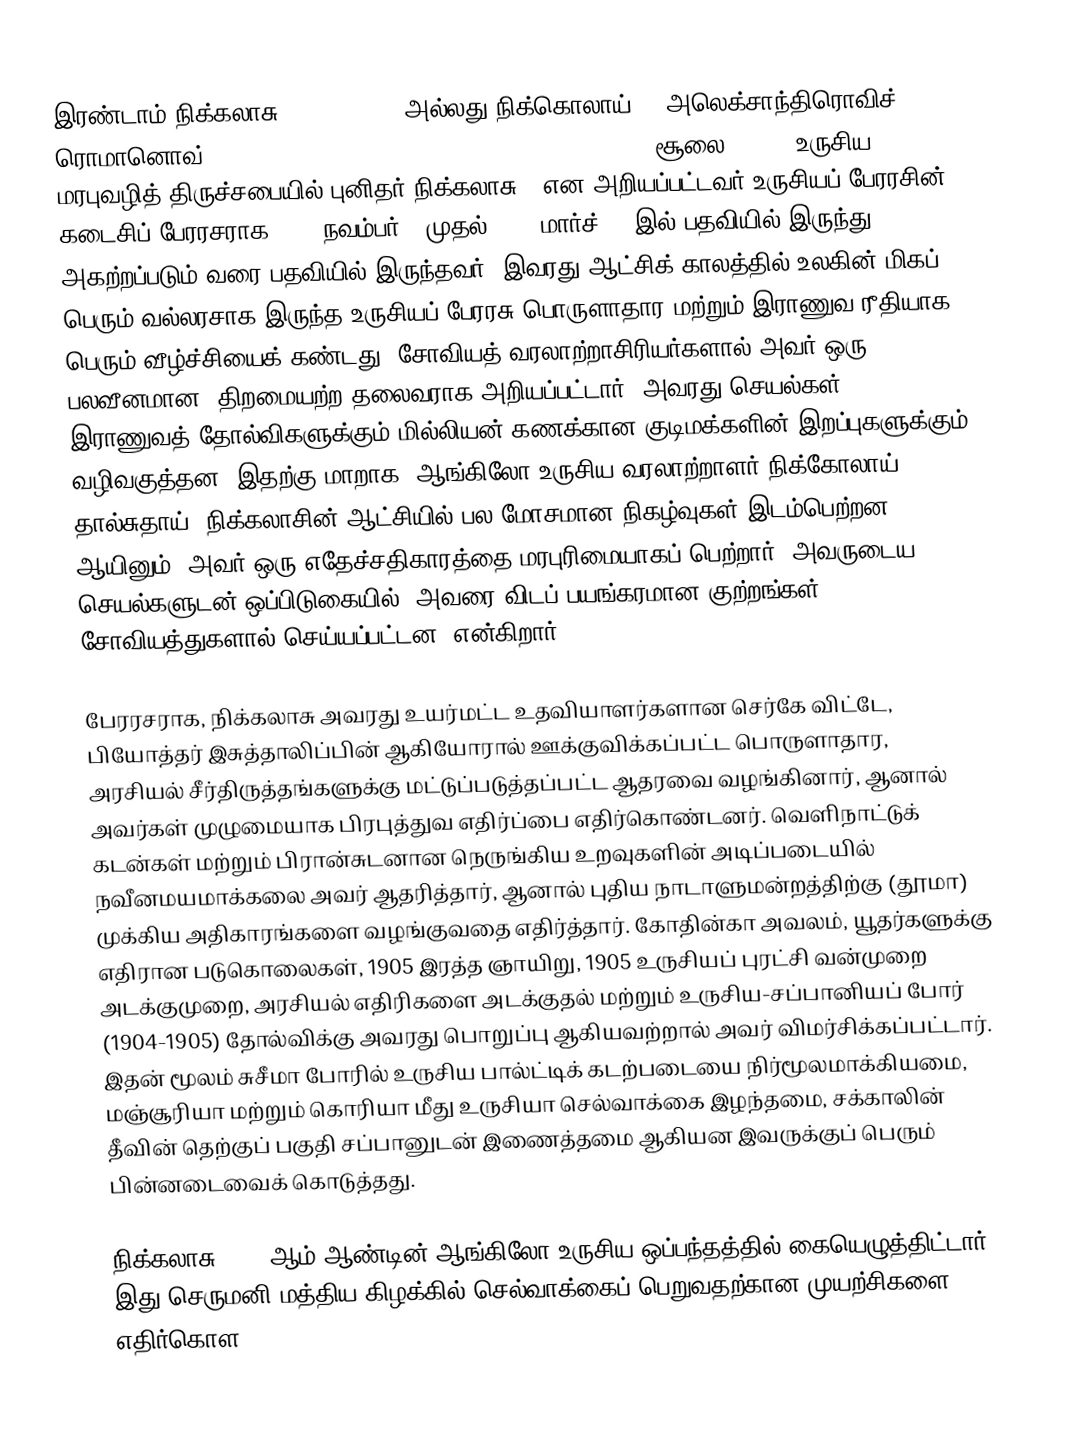
இரண்டாம் நிக்கலாசு (Nicholas II அல்லது நிக்கொலாய் II அலெக்சாந்திரொவிச் ரொமானொவ் (Nikolai II Alexandrovich Romanov, ; ( 1868 – 17 சூலை 1918), உருசிய மரபுவழித் திருச்சபையில் புனிதர் நிக்கலாசு ) என அறியப்பட்டவர் உருசியப் பேரரசின் கடைசிப் பேரரசராக 1894 நவம்பர் 1 முதல் 1917 மார்ச் 15 இல் பதவியில் இருந்து அகற்றப்படும் வரை பதவியில் இருந்தவர். இவரது ஆட்சிக் காலத்தில் உலகின் மிகப் பெரும் வல்லரசாக இருந்த உருசியப் பேரரசு பொருளாதார மற்றும் இராணுவ ரீதியாக பெரும் வீழ்ச்சியைக் கண்டது. சோவியத் வரலாற்றாசிரியர்களால் அவர் ஒரு பலவீனமான, திறமையற்ற தலைவராக அறியப்பட்டார். அவரது செயல்கள் இராணுவத் தோல்விகளுக்கும் மில்லியன் கணக்கான குடிமக்களின் இறப்புகளுக்கும் வழிவகுத்தன. இதற்கு மாறாக, ஆங்கிலோ-உருசிய வரலாற்றாளர் நிக்கோலாய் தால்சுதாய் "நிக்கலாசின் ஆட்சியில் பல மோசமான நிகழ்வுகள் இடம்பெற்றன ஆயினும், அவர் ஒரு எதேச்சதிகாரத்தை மரபுரிமையாகப் பெற்றார், அவருடைய செயல்களுடன் ஒப்பிடுகையில், அவரை விடப் பயங்கரமான குற்றங்கள் சோவியத்துகளால் செய்யப்பட்டன" என்கிறார்.

பேரரசராக, நிக்கலாசு அவரது உயர்மட்ட உதவியாளர்களான செர்கே விட்டே, பியோத்தர் இசுத்தாலிப்பின் ஆகியோரால் ஊக்குவிக்கப்பட்ட பொருளாதார, அரசியல் சீர்திருத்தங்களுக்கு மட்டுப்படுத்தப்பட்ட ஆதரவை வழங்கினார், ஆனால் அவர்கள் முழுமையாக பிரபுத்துவ எதிர்ப்பை எதிர்கொண்டனர். வெளிநாட்டுக் கடன்கள் மற்றும் பிரான்சுடனான நெருங்கிய உறவுகளின் அடிப்படையில் நவீனமயமாக்கலை அவர் ஆதரித்தார், ஆனால் புதிய நாடாளுமன்றத்திற்கு (தூமா) முக்கிய அதிகாரங்களை வழங்குவதை எதிர்த்தார். கோதின்கா அவலம், யூதர்களுக்கு எதிரான படுகொலைகள், 1905 இரத்த ஞாயிறு, 1905 உருசியப் புரட்சி வன்முறை அடக்குமுறை, அரசியல் எதிரிகளை அடக்குதல் மற்றும் உருசிய-சப்பானியப் போர் (1904-1905) தோல்விக்கு அவரது பொறுப்பு ஆகியவற்றால் அவர் விமர்சிக்கப்பட்டார். இதன் மூலம் சுசீமா போரில் உருசிய பால்ட்டிக் கடற்படையை நிர்மூலமாக்கியமை, மஞ்சூரியா மற்றும் கொரியா மீது உருசியா செல்வாக்கை இழந்தமை, சக்காலின் தீவின் தெற்குப் பகுதி சப்பானுடன் இணைத்தமை ஆகியன இவருக்குப் பெரும் பின்னடைவைக் கொடுத்தது.

நிக்கலாசு 1907 ஆம் ஆண்டின் ஆங்கிலோ-உருசிய ஒப்பந்தத்தில் கையெழுத்திட்டார், இது செருமனி மத்திய கிழக்கில் செல்வாக்கைப் பெறுவதற்கான முயற்சிகளை எதிர்கொள